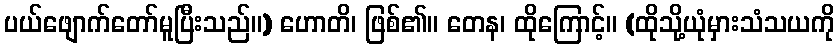
ပယ်ဖျောက်တော်မူပြီးသည်။) ဟောတိ၊ ဖြစ်၏။ တေန၊ ထိုကြောင့်။ (ထိုသို့ယုံမှားသံသယကို